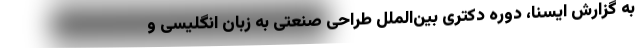
به گزارش ایسنا، دوره دکتری بین‌الملل طراحی صنعتی به زبان انگلیسی و